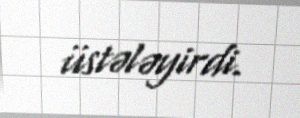
üstələyirdi.